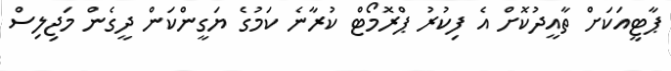
ޕާޓީއަކަށް ތާއީދުކޮށް އެ ފިކުރު ޕްރޮމޯޓް ކުރާނެެ ކަމުގެ ޔަގީންކަން ދީގެން މަޖިލިސް